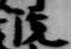
院